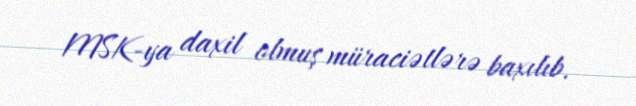
MSK-ya daxil olmuş müraciətlərə baxılıb.